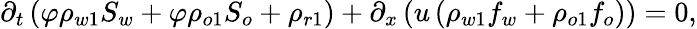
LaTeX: \begin{array}{r}{\partial_{t}\left(\varphi\rho_{w1}S_{w}+\varphi\rho_{o1}S_{o}+\rho_{r1}\right)+\partial_{x}\left(u\left(\rho_{w1}f_{w}+\rho_{o1}f_{o}\right)\right)=0,}\end{array}